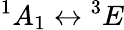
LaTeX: {}^{1}A_{1}\leftrightarrow{}^{3}E